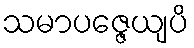
သမာပဇ္ဇေယျပိ